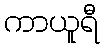
ကာယူရီ